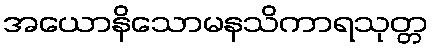
အယောနိသောမနသိကာရသုတ္တ